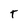
Character: T